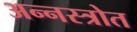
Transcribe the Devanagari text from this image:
अन्नस्त्रोत